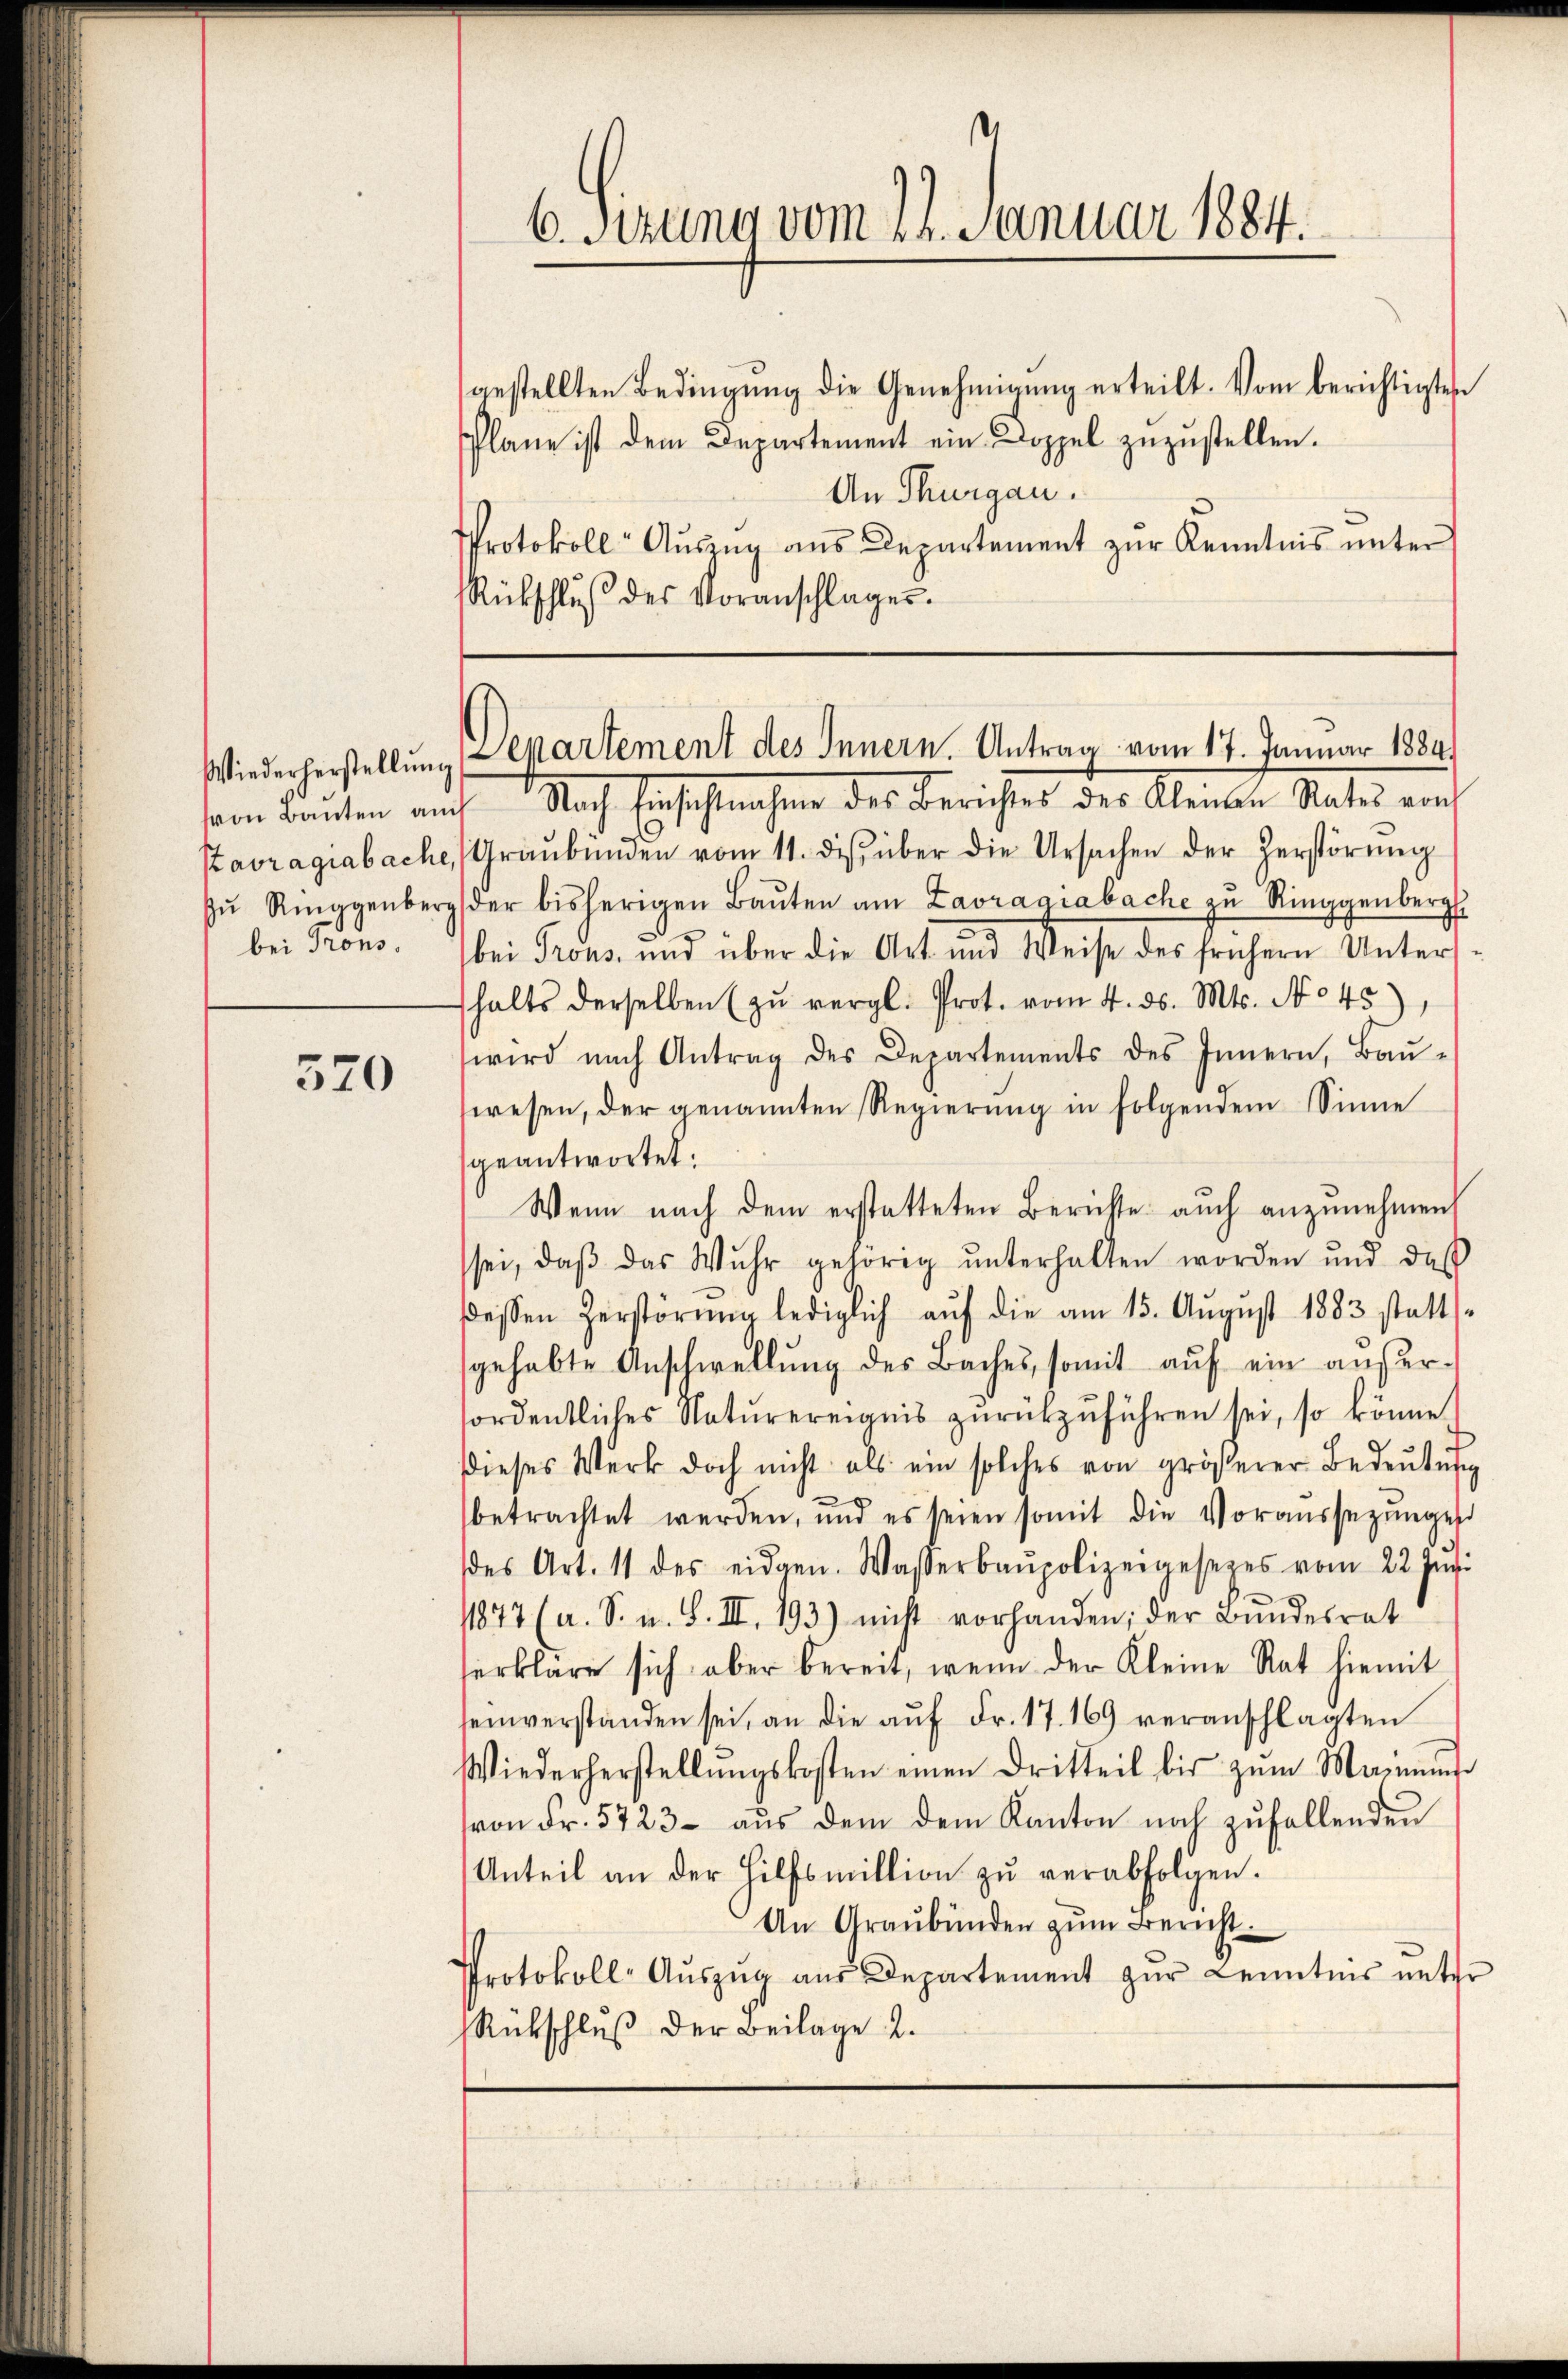
Wiederherstellung
von Bauten auch
Ptavragiabache,
zŭ Ringgenberg
bei Trons.

570

gestellten Bedingung die Genehmigung erteilt. Vom berichtigten
Plane ist dem Departement ein Doppel zŭzŭstellen.
An Thurgau.
Protokoll Aŭszŭg ans Departement zŭr Kenntnis ŭnter
Rückschlŭβ des Voranschlages.

6. Sitzung vom 24. Januar 1884.

Departement des Innern. Antrag vom 17. Januar 1884.

Nach Einsichtnahme des Berichtes des Klenden Rates von
Graubünden vom 11. ds. über die Ursachen der Herstörŭng
der bisherigen Baŭten am Zavragiabache zu Ringgenberg
bei Trous, und über die Art und Weise des frühern Unters-
halts derselben zŭ vergl. Prot. vom 4. ds. Mts. No 45)
wird nach Antrag des Departements des Innern, Baŭ-
wesen, der genannten Regierŭng in folgendem Sinne
geantwortet:
Wenn nach dem erstatteten Berichte auch anzunehmen
sei, daβ das Wuhr gehörig ŭnterhalten worden und das
dessen Zerstörnen lediglich aŭf die am 15. Aŭgŭst 1883 statt
gehabte Anschwellŭng des Baches, somit aŭf ein außer-
fordentliches Natŭrereignis zŭrückzŭführen sei, so könne.
dieses Werk doch nicht als ein solches von größerer Bedeŭtŭng
betrachtet werden, und es seien somit die Voraussezungen
des Art. 11 des eidgen. Wasserbaupolizeigesezes vom 22. Ing.
1877 (a. S. u. S. III. 193) nicht vorhanden; der Bundesrat
serkläre sich aber bereit, wenn der Kleine Rat hiemit
sein verstanden sei, an die aŭf Fr. 17. 169 veranschlagten
Wiederherstellŭngskosten einen Dritteil bis zum Manner
von Fr. 5723 - aus dem dem Kanton noch zufallenden
Anteil an der Hilfsmillion zu verabfolgen.
An Graubünden zŭm Bericht.
Protokoll-Aŭszŭg aŭs Departement zŭr Kenntnis unter
Rückschluß der Beilage 2.